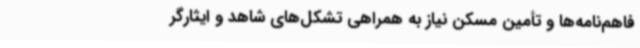
فاهم‌نامه‌ها و تأمین مسکن نیاز به همراهی تشکل‌های شاهد و ایثارگر